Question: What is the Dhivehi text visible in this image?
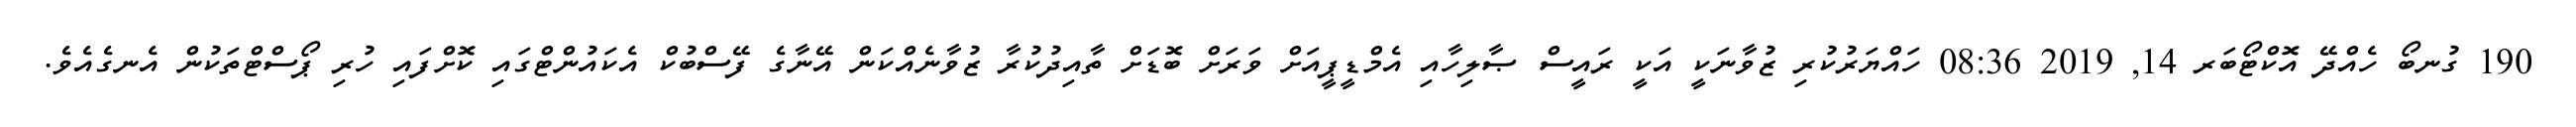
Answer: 190 ގުނބޯ ހެއްދޭ އޮކްޓޯބަރ 14, 2019 08:36 ހައްޔަރުކުރި ޒުވާނަކީ އަކީ ރައީސް ޞާލިހާއި އެމްޑީޕީއަށް ވަރަށް ބޮޑަށް ތާއިދުކުރާ ޒުވާނެއްކަން އޭނާގެ ފޭސްބުކް އެކައުންޓްގައި ކޮށްފައި ހުރި ޕޯސްޓްތަކުން އެނގެއެވެ.